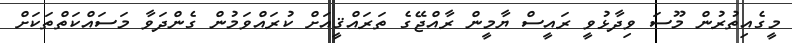
މީގެއިތުރުން މޫސަ ވިދާޅުވީ ރައީސް ޔާމީން ރާއްޖޭގެ ތަރައްޤީއަށް ކުރައްވަމުން ގެންދަވާ މަސައްކަތްތަކަށް